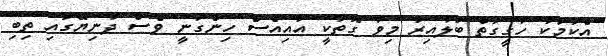
އެކަމަކު ހަގީގަތް ބަލާއިރު މިވާ ގޮތަކީ އައިއެސް ހިންގަނީ ވެސް ދުނިޔޭގައި ތިބި